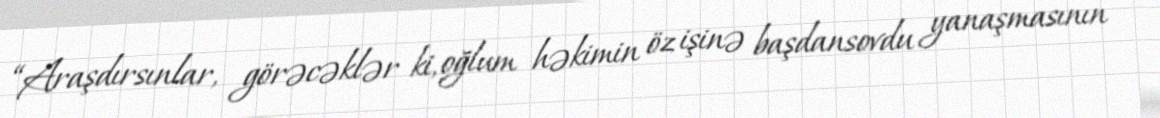
“Araşdırsınlar, görəcəklər ki, oğlum həkimin öz işinə başdansovdu yanaşmasının